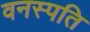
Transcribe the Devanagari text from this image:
वनस्‍पति